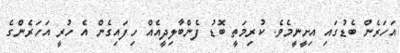
އަހަރެން ބެޑުގައި އިށީނީމެވެ. ކުރިމަތީ ބޮޑު ފެންބާލިދީއެއް ހިފައިގެން އެ ހުރީ އަހަރެންގެ